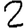
Digit: 2